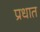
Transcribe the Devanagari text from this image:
प्रधात